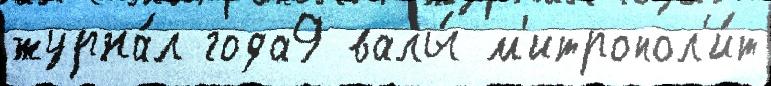
журна́л года9 валы́ м'итропол'и́т